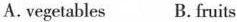
A.vegetables B.fruits